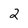
Character: 2